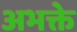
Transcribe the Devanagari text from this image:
अभक्ते